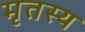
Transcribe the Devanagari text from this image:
मृतस्य